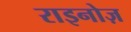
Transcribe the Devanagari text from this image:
राइनोज़